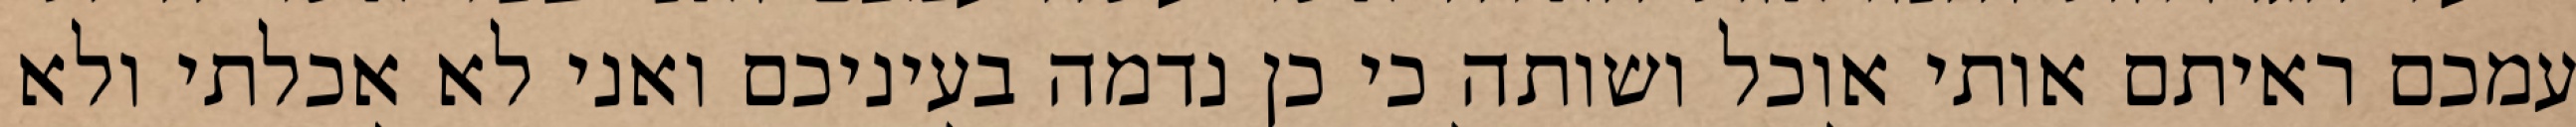
עמכם ראיתם אותי אוכל ושותה כי כן נדמה בעיניכם ואני לא אכלתי ולא